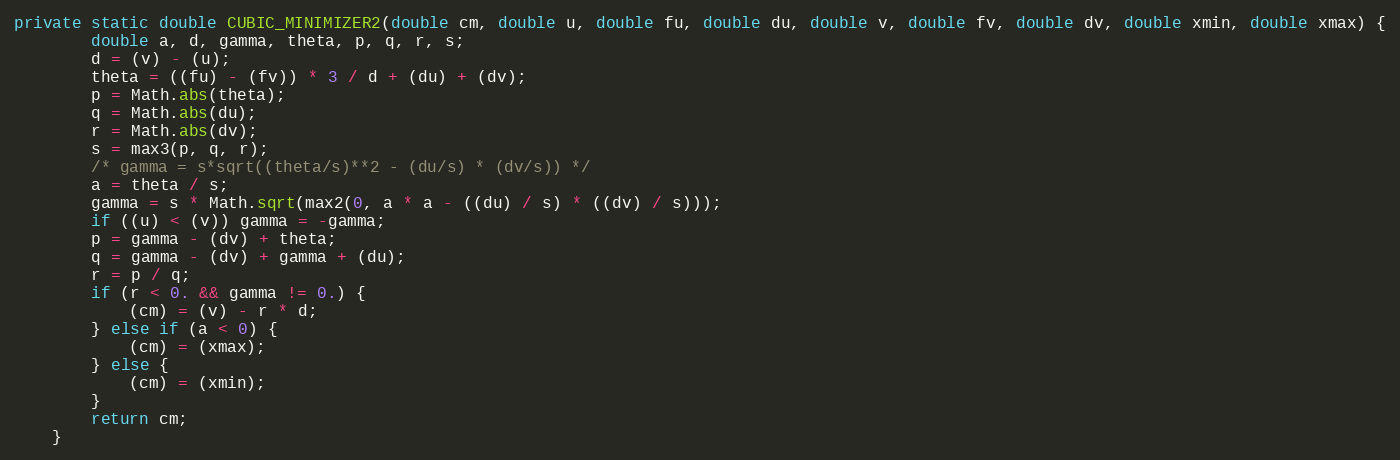
Language: Java
private static double CUBIC_MINIMIZER2(double cm, double u, double fu, double du, double v, double fv, double dv, double xmin, double xmax) {
        double a, d, gamma, theta, p, q, r, s;
        d = (v) - (u);
        theta = ((fu) - (fv)) * 3 / d + (du) + (dv);
        p = Math.abs(theta);
        q = Math.abs(du);
        r = Math.abs(dv);
        s = max3(p, q, r);
        /* gamma = s*sqrt((theta/s)**2 - (du/s) * (dv/s)) */
        a = theta / s;
        gamma = s * Math.sqrt(max2(0, a * a - ((du) / s) * ((dv) / s)));
        if ((u) < (v)) gamma = -gamma;
        p = gamma - (dv) + theta;
        q = gamma - (dv) + gamma + (du);
        r = p / q;
        if (r < 0. && gamma != 0.) {
            (cm) = (v) - r * d;
        } else if (a < 0) {
            (cm) = (xmax);
        } else {
            (cm) = (xmin);
        }
        return cm;
    }